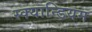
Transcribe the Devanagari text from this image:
स्क्यान्डियम